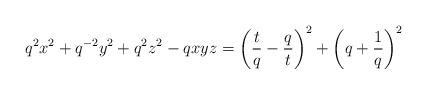
LaTeX: \begin{align*}q^2x^2 + q^{-2}y^2+ q^2z^2 -qxyz= \left( \frac t q - \frac q t\right)^2 + \left( q + \frac 1 q\right)^2\end{align*}